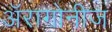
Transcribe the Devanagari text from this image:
अॅरागोनीज